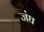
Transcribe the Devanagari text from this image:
जंघ